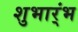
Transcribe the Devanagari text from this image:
शुभार्ंभ